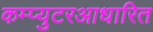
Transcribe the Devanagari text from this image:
कम्प्युटरआधारित